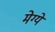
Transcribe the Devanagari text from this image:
मेग्ये